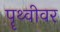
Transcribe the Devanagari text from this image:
पॄथ्वीवर